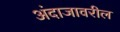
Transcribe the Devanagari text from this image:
अंदाजावरील